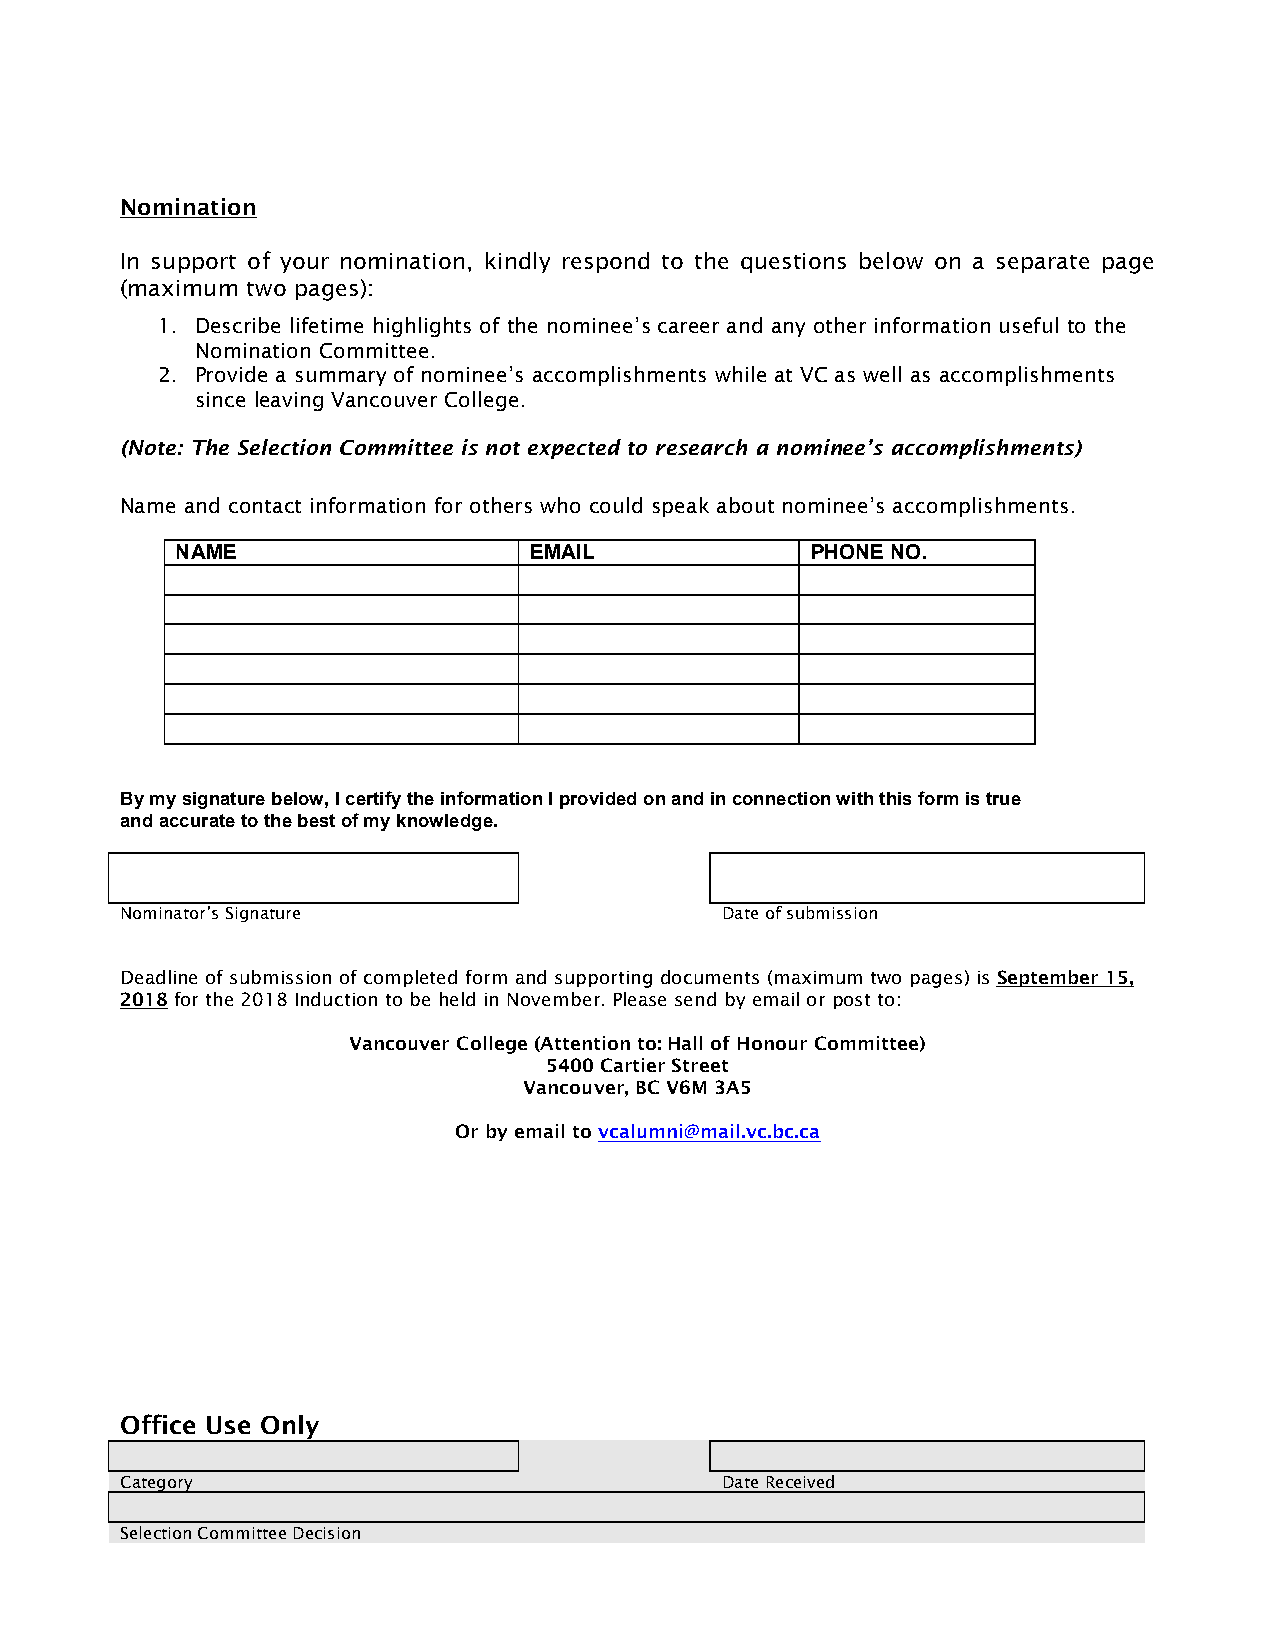
Nomination
 In support of your nomination, kindly respond to the questions below on a separate page
 (maximum two pages):
 1. Describe lifetime highlights of the nominee’s career and any other information useful to the
 Nomination Committee.
 2. Provide a summary of nominee’s accomplishments while at VC as well as accomplishments
 since leaving Vancouver College.
 (Note: The Selection Committee is not expected to research a nominee’s accomplishments)
 Name and contact information for others who could speak about nominee’s accomplishments.
 NAME                   EMAIL              PHONE NO.
 By my signature below, I certify the information I provided on and in connection with this form is true
 and accurate to the best of my knowledge.
 Nominator’s Signature                   Date of submission
 Deadline of submission of completed form and supporting documents (maximum two pages) is September 15,
 2018 for the 2018 Induction to be held in November. Please send by email or post to:
 Vancouver College (Attention to: Hall of Honour Committee)
 5400 Cartier Street
 Vancouver, BC V6M 3A5
 Or by email to vcalumni@mail.vc.bc.ca
 Office Use Only
 Category                                Date Received
 Selection Committee Decision